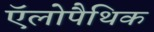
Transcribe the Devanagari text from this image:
ऍलोपैथिक